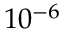
1 0 ^ { - 6 }